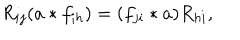
LaTeX: R _ { i j } ( a \ast f _ { i h } ) = ( f _ { j i } \ast a ) R _ { h i } ,